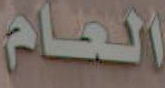
العام